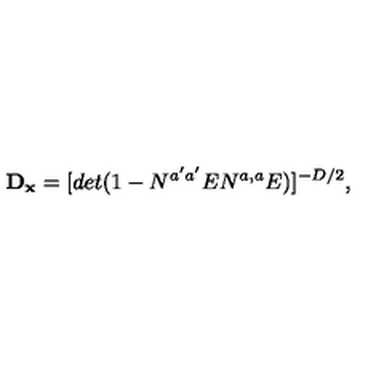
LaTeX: { \bf D _ { x } } = [ d e t ( 1 - N ^ { a ^ { \prime } a ^ { \prime } } E N ^ { a , a } E ) ] ^ { - D / 2 } , \,